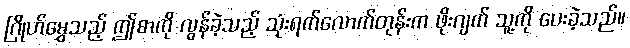
ဂြိုဟ်မွှေသည့် ဤစာကို လွန်ခဲ့သည့် သုံးရက်လောက်တုန်းက ဖိုးဂျက် သူ့ကို ပေးခဲ့သည်။